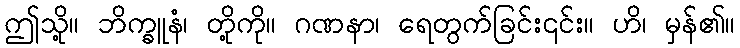
ဤသို့။ ဘိက္ခူနံ၊ တို့ကို။ ဂဏနာ၊ ရေတွက်ခြင်း၎င်း။ ဟိ၊ မှန်၏။